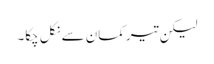
لیکن تیر کمان سے نکل چکا۔